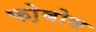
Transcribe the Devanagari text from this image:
फो़बोस